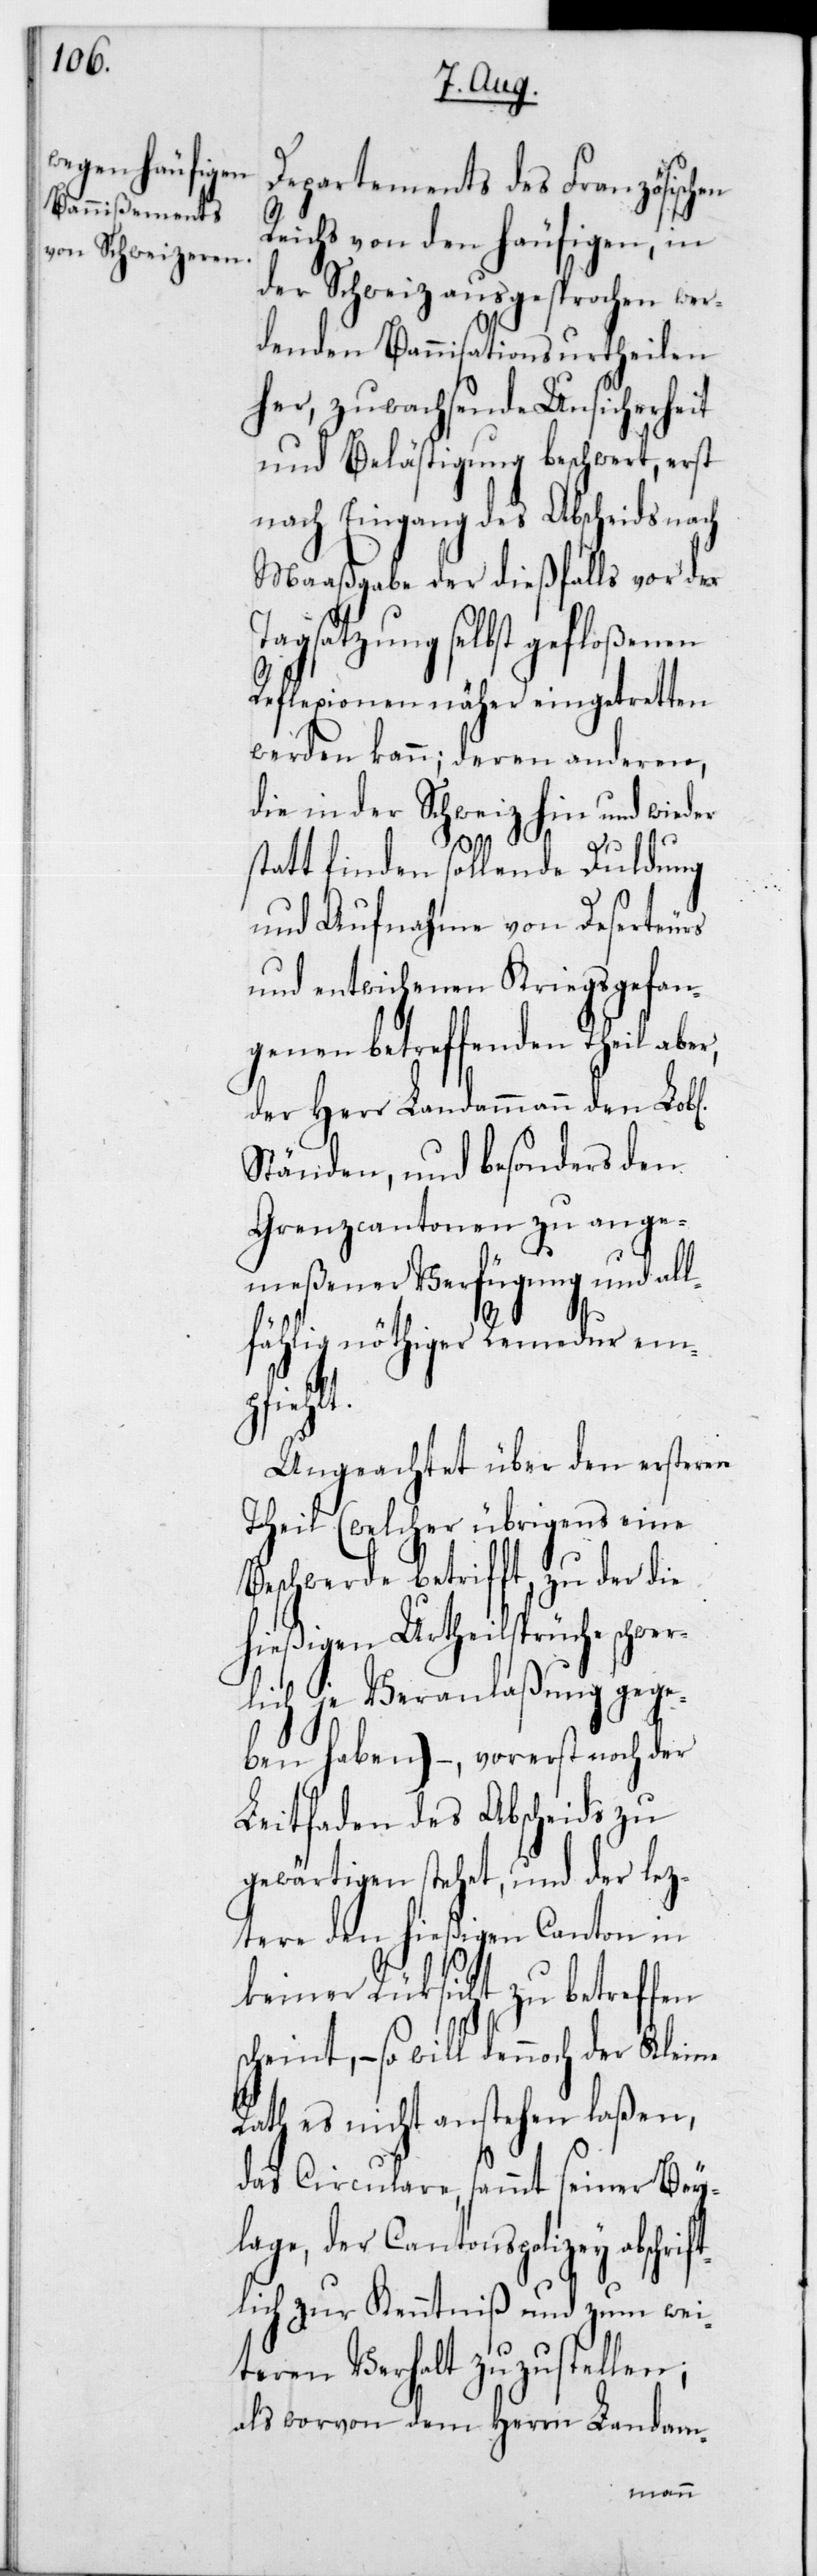
Departements des Französisch¬
Reichs von den häufigen, in
der Schweiz ausgesprochen wer¬
denden Bannisationsurtheilen
her, zuwachsende Unsicherheit
und Belästigung beschwerth, erst
nach Eingang des Abscheids nach
Maaßgabe der dießfalls vor der
Tagsatzung selbst gefloßenen
Reflexionen näher eingetretten
werden kann; deren anderen,
die in der Schweiz hin und wieder
stattfinden sollende Duldung
und Aufnahme von Deserteurs
und entwichenen Kriegsgefan¬
genen betreffenden Theil abe¬
der Herr Landammann den Lob[l¬
Ständen, und besonders den
Grenzcantonen zu ange¬
meßener Verfügung und al¬
lfällig nöthiger Remedur em¬
pfiehlt.
Ungeachtet über den ersteren
Theil (welcher übrigens eine
Beschwerde betrifft, zu der die
hießigen Urtheilsprüche schwer¬
lich je Veranlaßung gege¬
ben haben), – vorerst noch der
Leitfaden des Abscheids zu
gewärtigen stehet, und der lez¬
tere den hießigen Canton in
keiner Rücksicht zu betreffen
r,
scheint, – so will dennoch der Kleine
Rath es nicht anstehen laßen,
das Circulare, sammt seiner Bey¬
lage der Cantonspolizey abschri¬
ftlich zur Kenntniß und zum wei¬
teren Verhalt zuzustellen;
als worvon dem Herrn Landam-